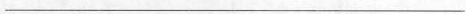
___